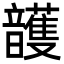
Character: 頀